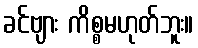
ခင်ဗျား ကိစ္စမဟုတ်ဘူး။